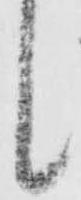
候